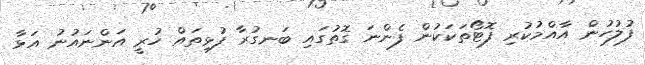
ފުލުހުން އާއްމުކުރި ފޮޓޯތަކަކުން ފެންނަ ގޮތުގައި ބަނގުރާ ފުޅިތައް ހުރީ އަންނައުނު އަޅާ